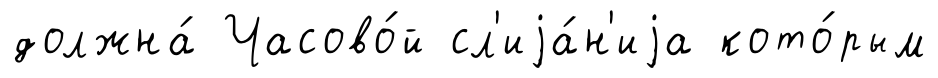
должна́ Часово́й сл'иjа́н'иjа кото́рым